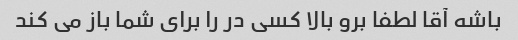
باشه آقا لطفا برو بالا کسی در را برای شما باز می کند